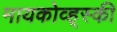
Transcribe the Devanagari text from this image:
मायकोव्ह्‌स्की